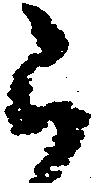
被